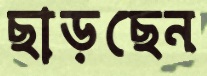
ছাড়ছেন